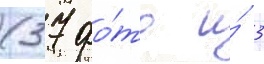
(37 фо́то и́ 3